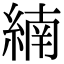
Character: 䋻